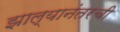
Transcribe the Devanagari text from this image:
झाल्यानंतरची